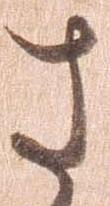
さ